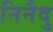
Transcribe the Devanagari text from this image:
निनैदु